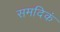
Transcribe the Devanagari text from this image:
समदिकं